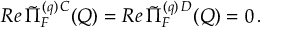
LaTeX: R e \, \tilde { \Pi } _ { F } ^ { ( q ) \, C } ( Q ) = R e \, \tilde { \Pi } _ { F } ^ { ( q ) \, D } ( Q ) = 0 \, .